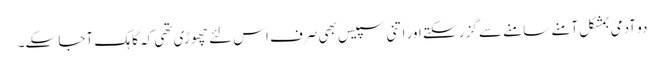
دو آدمی بمشکل آمنے سامنے سے گزر سکتے اور اتنی سپیس بھی صرف اس لئے چھوڑی تھی کہ گاہک آجا سکے۔